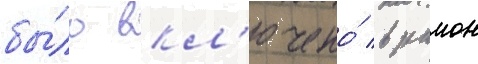
бы́ло вкл'ючено́ в раион